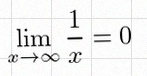
\lim_{x\to\infty}\frac{1}{x}=0